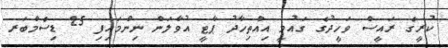
ކުރީގެ ރައީސް ވަހީދުގެ ގައުމީ އިއްތިހާދު ޕާޓީ އުވާލަން ނިންމައިފި 25 ޑިސެމްބަރ